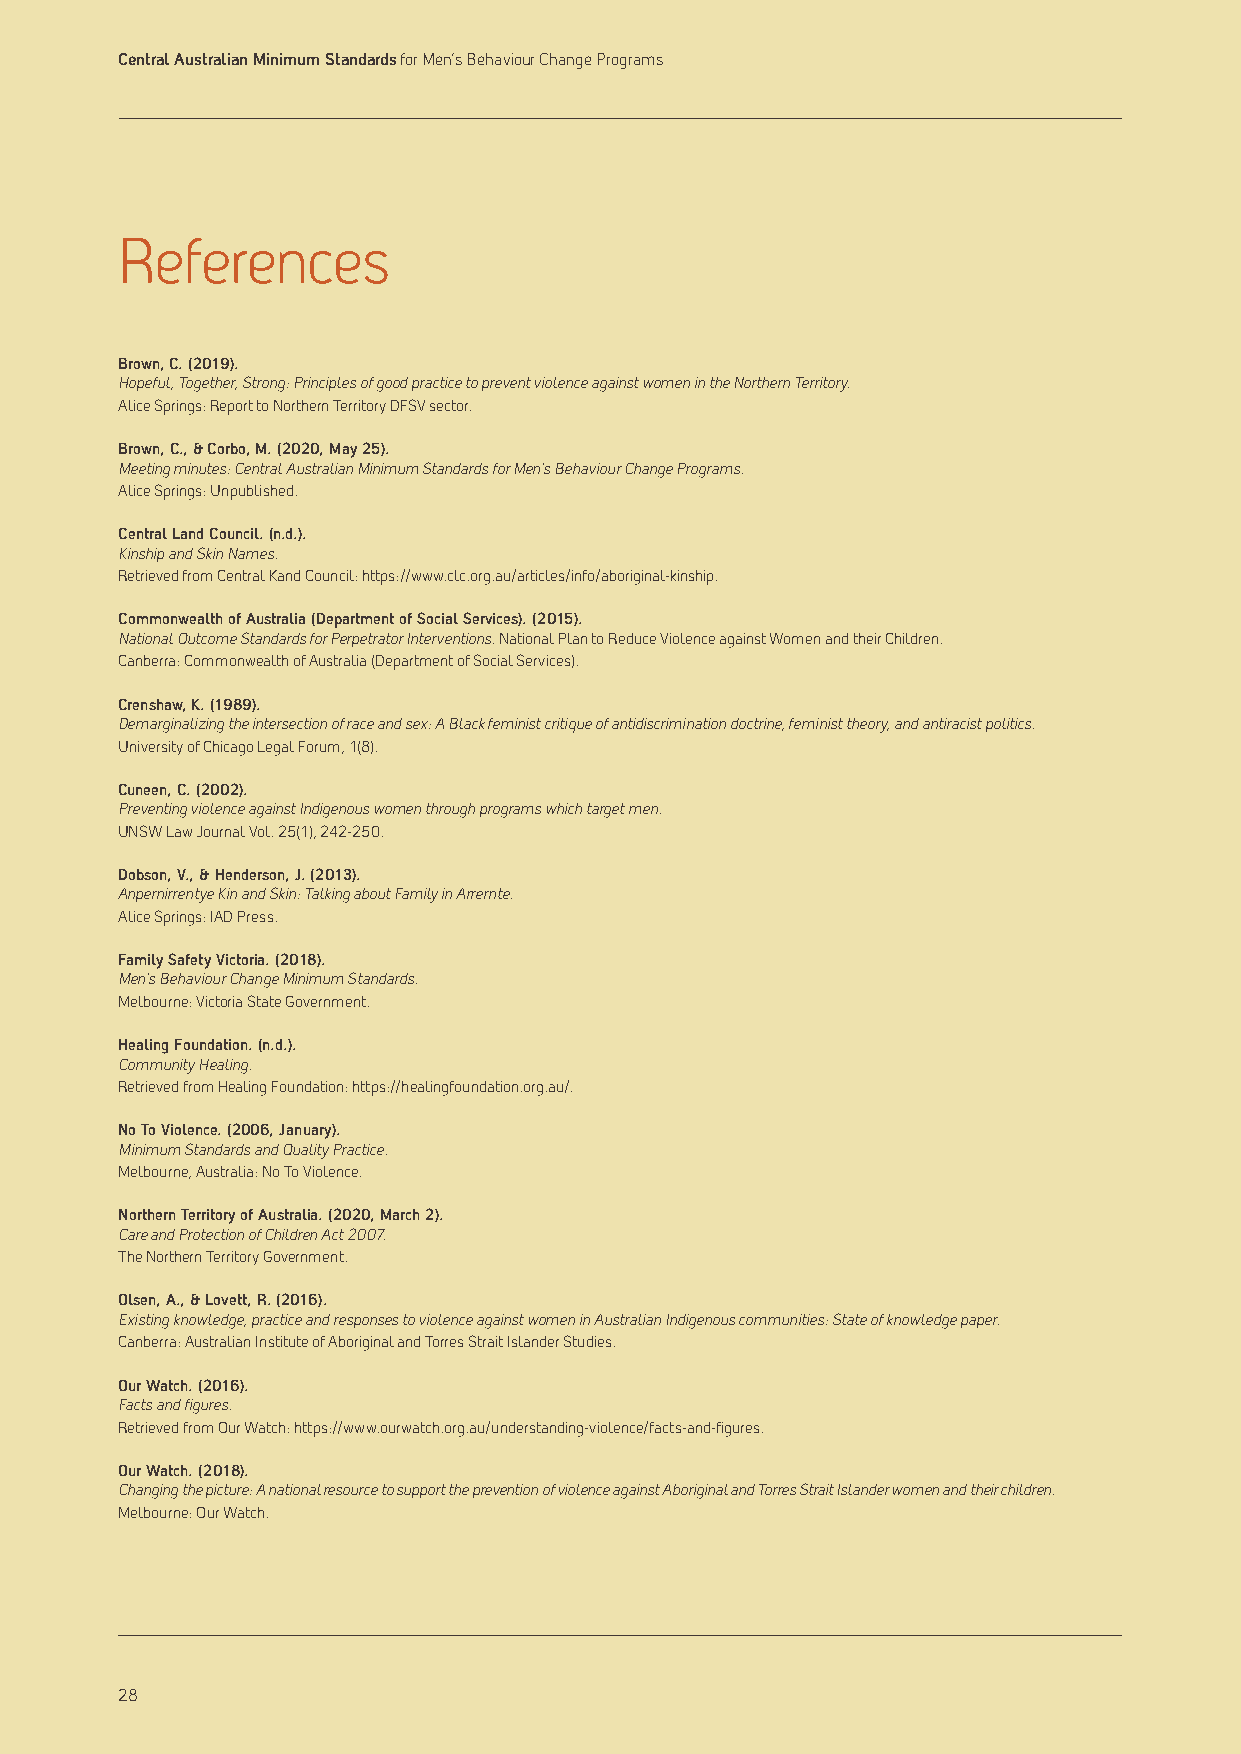
Central Australian Minimum Standards for Men’s Behaviour Change Programs
 References
 Brown, C. (2019).
 Hopeful, Together, Strong: Principles of good practice to prevent violence against women in the Northern Territory.
 Alice Springs: Report to Northern Territory DFSV sector.
 Brown, C., & Corbo, M. (2020, May 25).
 Meeting minutes: Central Australian Minimum Standards for Men’s Behaviour Change Programs.
 Alice Springs: Unpublished.
 Central Land Council. (n.d.).
 Kinship and Skin Names.
 Retrieved from Central Kand Council: https://www.clc.org.au/articles/info/aboriginal-kinship.
 Commonwealth of Australia (Department of Social Services). (2015).
 National Outcome Standards for Perpetrator Interventions. National Plan to Reduce Violence against Women and their Children.
 Canberra: Commonwealth of Australia (Department of Social Services).
 Crenshaw, K. (1989).
 Demarginalizing the intersection of race and sex: A Black feminist critique of antidiscrimination doctrine, feminist theory, and antiracist politics.
 University of Chicago Legal Forum, 1(8).
 Cuneen, C. (2002).
 Preventing violence against Indigenous women through programs which target men.
 UNSW Law Journal Vol. 25(1), 242-250.
 Dobson, V., & Henderson, J. (2013).
 Anpernirrentye Kin and Skin: Talking about Family in Arrernte.
 Alice Springs: IAD Press.
 Family Safety Victoria. (2018).
 Men’s Behaviour Change Minimum Standards.
 Melbourne: Victoria State Government.
 Healing Foundation. (n.d.).
 Community Healing.
 Retrieved from Healing Foundation: https://healingfoundation.org.au/.
 No To Violence. (2006, January).
 Minimum Standards and Quality Practice.
 Melbourne, Australia: No To Violence.
 Northern Territory of Australia. (2020, March 2).
 Care and Protection of Children Act 2007.
 The Northern Territory Government.
 Olsen, A., & Lovett, R. (2016).
 Existing knowledge, practice and responses to violence against women in Australian Indigenous communities: State of knowledge paper.
 Canberra: Australian Institute of Aboriginal and Torres Strait Islander Studies.
 Our Watch. (2016).
 Facts and figures.
 Retrieved from Our Watch: https://www.ourwatch.org.au/understanding-violence/facts-and-figures.
 Our Watch. (2018).
 Changing the picture: A national resource to support the prevention of violence against Aboriginal and Torres Strait Islander women and their children.
 Melbourne: Our Watch.
 28